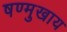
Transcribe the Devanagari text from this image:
षण्मुखाय